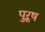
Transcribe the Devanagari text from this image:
पुऱूष